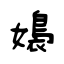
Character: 嬝